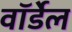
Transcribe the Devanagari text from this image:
वॉर्डेल